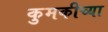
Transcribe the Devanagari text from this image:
कुमकीच्या